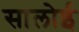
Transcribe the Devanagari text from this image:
सालोई